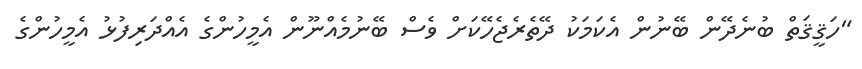
"ހަޤީޤަތް ބުނެދޭން ބޭނުން އެކަމަކު ދޭތެރެޖެހޭކަށް ވެސް ބޭނުމެއްނޫން އެމީހުންގެ އެއްދަރިފުޅު އެމީހުންގެ